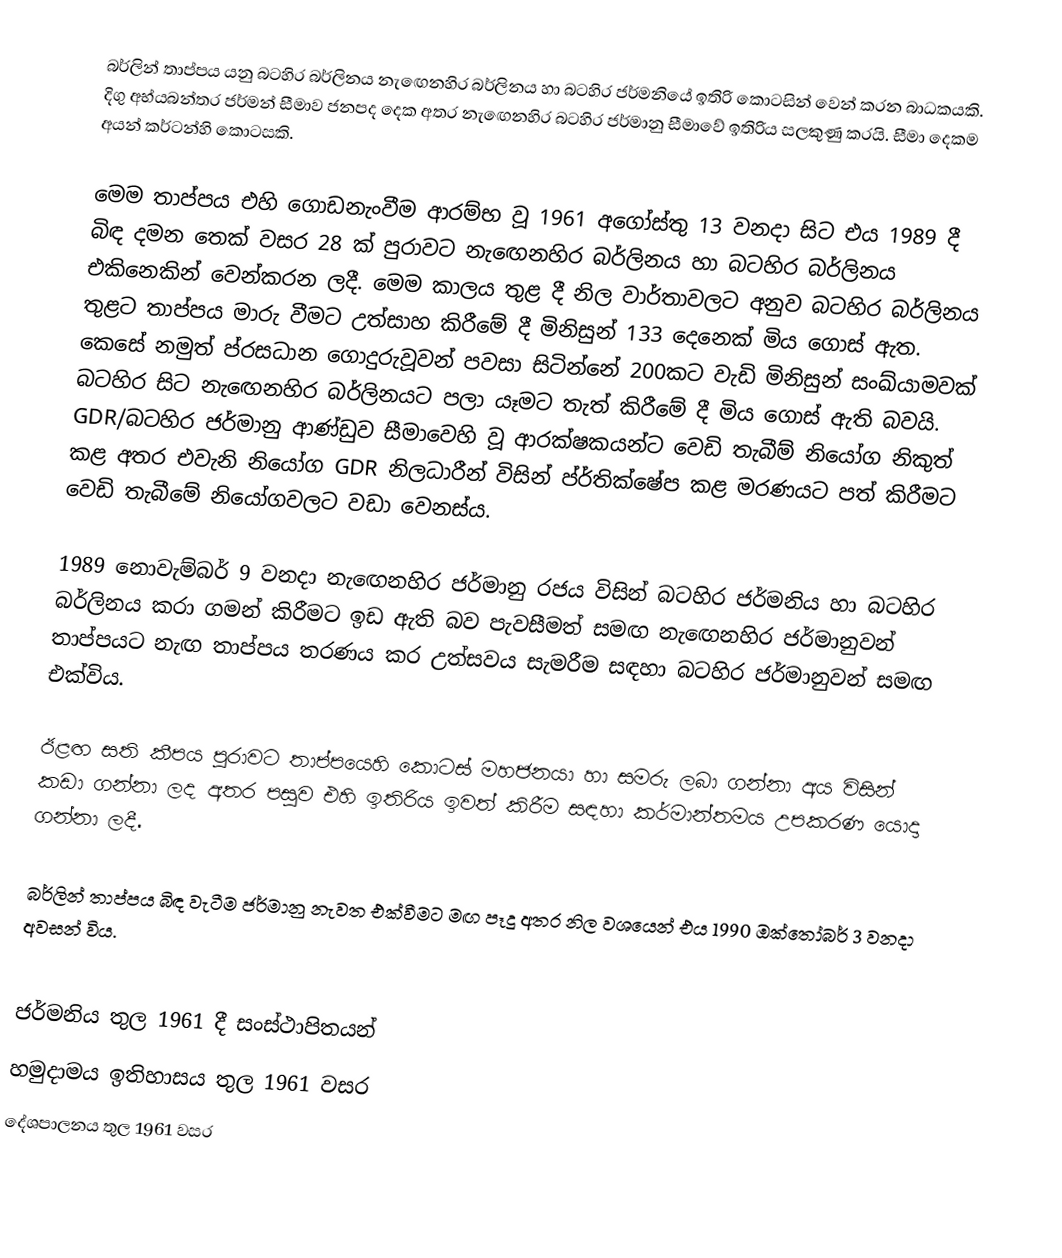
බර්ලින් තාප්පය යනු බටහිර බර්ලිනය නැ‍ඟෙනහිර බර්ලිනය හා බටහිර ජර්මනියේ ඉතිරි කොටසින් වෙන් කරන බාධකයකි. දිගු අභ්යබන්තර ජර්මන් සීමාව ජනපද දෙක අතර නැඟෙනහිර බටහිර ජර්මානු සීමාවේ ඉතිරිය සලකුණු කරයි. සීමා දෙකම අයන් කර්ටන්හි කොටසකි.

මෙම තාප්පය එහි ගොඩනැංවීම ආරම්භ වූ 1961 අගෝස්තු 13 වනදා සිට එය 1989 දී බිඳ දමන තෙක් වසර 28 ක් පුරාවට නැඟෙනහිර බර්ලිනය හා බටහිර බර්ලිනය එකිනෙකින් වෙන්කරන ලදී. මෙම කාලය තුළ දී නිල වාර්තාවලට අනුව බටහිර බර්ලිනය තුළට තාප්පය මාරු වීමට උත්සාහ කිරීමේ දී මිනිසුන් 133 දෙනෙක් මිය ගොස් ඇත. කෙසේ නමුත් ප්රසධාන ගොදුරුවූවන් පවසා සිටින්නේ 200කට වැඩි මිනිසුන් සංඛ්යාමවක් බටහිර සිට නැ‍ඟෙනහිර බර්ලිනයට පලා යෑමට තැත් කිරීමේ දී මිය ගොස් ඇති බවයි. GDR/බටහිර ජර්මානු ආණ්ඩුව සීමාවෙහි වූ ආරක්ෂකයන්ට වෙඩි තැබීම් නියෝග නිකුත් කළ අතර එවැනි නියෝග GDR නිලධාරීන් විසින් ප්ර්තික්ෂේප කළ මරණයට පත් කිරීමට වෙඩි තැබීමේ නියෝගවලට වඩා වෙනස්ය.

1989 නොවැම්බර් 9 වනදා නැ‍ඟෙනහිර ජර්මානු රජය විසින් බටහිර ජර්මනිය හා බටහිර බර්ලිනය කරා ගමන් කිරීමට ඉඩ ඇති බව පැවසීමත් සමඟ නැ‍ඟෙනහිර ජර්මානුවන් තාප්පයට නැඟ තාප්පය තරණය කර උත්සවය සැමරීම සඳහා බටහිර ජර්මානුවන් සමඟ එක්විය.

ඊළඟ සති කීපය පුරාවට තාප්පයෙහි කොටස් මහජනයා හා සමරු ලබා ගන්නා අය විසින් කඩා ගන්නා ලද අතර පසුව එහි ඉතිරිය ඉවත් කිරීම සඳහා කර්මාන්තමය උපකරණ යොදා ගන්නා ලදී.

බර්ලින් තාප්පය බිඳ වැටීම ජර්මානු නැවත එක්වීමට මඟ පෑදූ අතර නිල වශයෙන් එය 1990 ඔක්තෝබර් 3 වනදා අවසන් විය.

ජර්මනිය තුල 1961 දී සංස්ථාපිතයන්
හමුදාමය ඉතිහාසය තුල 1961 වසර
දේශපාලනය තුල 1961 වසර